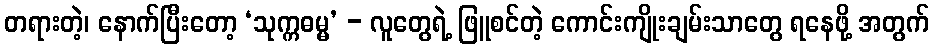
တရားတဲ့၊ နောက်ပြီးတော့ ‘သုက္ကဓမ္မ’ - လူတွေရဲ့ ဖြူစင်တဲ့ ကောင်းကျိုးချမ်းသာတွေ ရနေဖို့ အတွက်